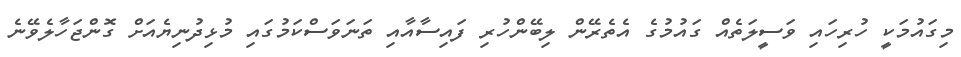
މިގައުމަކީ ހުރިހައި ވަސީލަތެއް ގައުމުގެ އެތެރޭން ލިބޭންހުރި ފައިސާއާއި ތަނަވަސްކަމުގައި މުޅިދުނިޔެއަށް ގޮންޖަހާލެވޭނެ